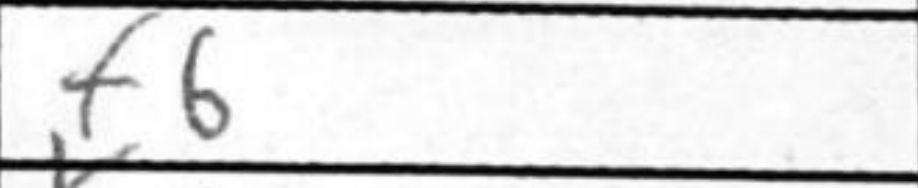
Transcription: f6